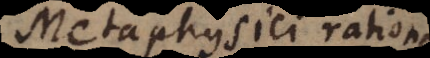
Metaphysici ration